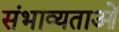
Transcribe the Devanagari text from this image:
संभाव्यताओं